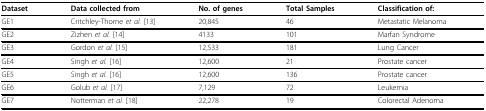
| Dataset | Data collected from | No. of genes | Total Samples | Classification of: |
 | --- | --- | --- | --- | --- |
 | GE1 | Critchley-Thorne et al. [13] | 20,845 | 46 | Metastatic Melanoma |
 | GE2 | Zizhen et al. [14] | 4133 | 101 | Marfan Syndrome |
 | GE3 | Gordon et al. [15] | 12,533 | 181 | Lung Cancer |
 | GE4 | Singh et al. [16] | 12,600 | 21 | Prostate cancer |
 | GE5 | Singh et al. [16] | 12,600 | 136 | Prostate cancer |
 | GE6 | Golub et al. [17] | 7,129 | 72 | Leukemia |
 | GE7 | Notterman et al. [18] | 22,278 | 19 | Colorectal Adenoma |